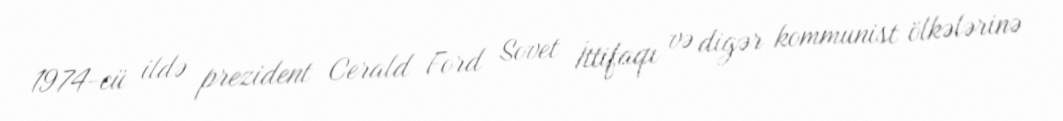
1974-cü ildə prezident Cerald Ford Sovet İttifaqı və digər kommunist ölkələrinə